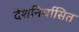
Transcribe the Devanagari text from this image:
देशनिर्वासित